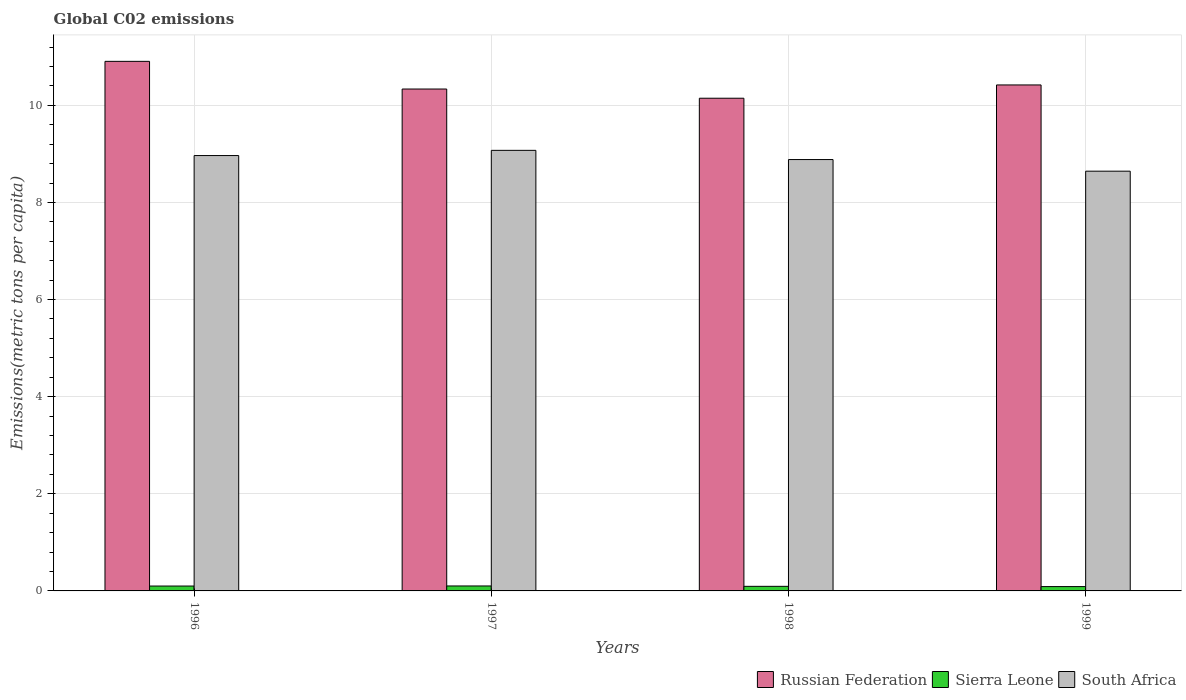
| Years | Russian Federation | Sierra Leone | South Africa |
 | --- | --- | --- | --- |
 | 1996 | 10.9 | 0.1 | 8.97 |
 | 1997 | 10.3 | 0.102 | 9.07 |
 | 1998 | 10.1 | 0.0945 | 8.88 |
 | 1999 | 10.4 | 0.0891 | 8.64 |